Annual administration and progress report of the Indian Medical Department, Bombay
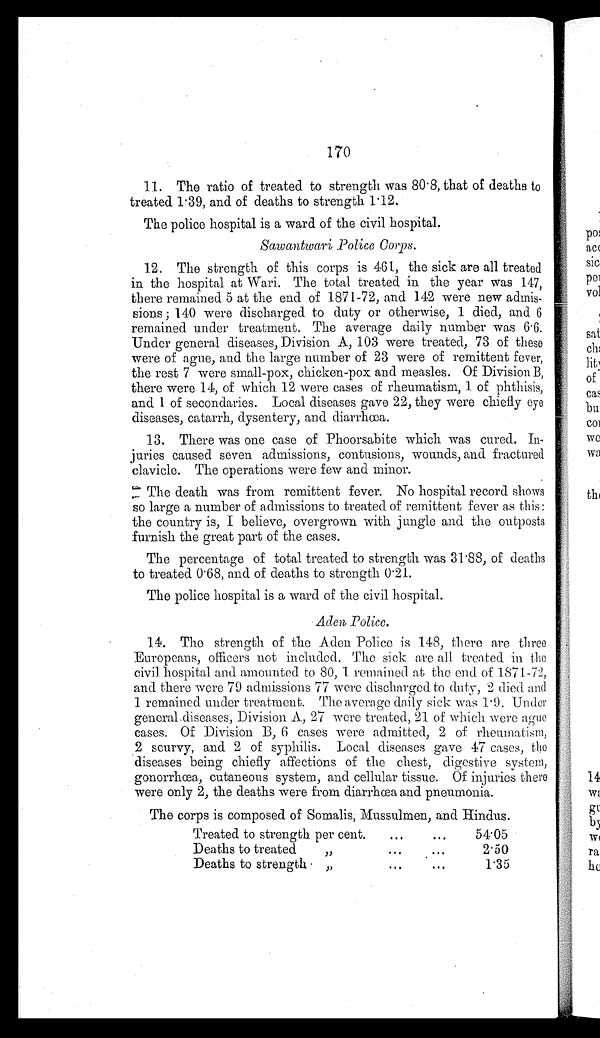
170
11. The ratio of treated to strength was 80.8, that of deaths to
treated 1.39, and of deaths to strength 1.12.
The police hospital is a ward of the civil hospital.
Sawantwari Police Corps.
12. The strength of this corps is 461, the sick are all treated
in the hospital at Wari. The total treated in the year was 147,
there remained 5 at the end of 1871-72, and 142 were new admis--
sions ; 140 were discharged to duty or otherwise, 1 died, and 6
remained under treatment. The average daily number was 6.6.
Under general diseases, Division A, 103 were treated, 73 of these
were of ague, and the large number of 23 were of remittent fever,
the rest 7 were small-pox, chicken-pox and measles. Of Division B,
there were 14, of which 12 were cases of rheumatism, 1 of phthisis,
and 1 of secondaries. Local diseases gave 22, they were chiefly eye
diseases, catarrh, dysentery, and diarrhœa.
13. There was one case of Phoorsabite which was cured. In-
juries caused seven admissions, contusions, wounds, and fractured
clavicle. The operations were few and minor.
The death was from remittent fever. No hospital record shows
so large a number of admissions to treated of remittent fever as this:
the country is, I believe, overgrown with jungle and the outposts
furnish the great part of the cases.
The percentage of total treated to strength was 31.88, of deaths
to treated 0.68, and of deaths to strength 0.21.
The police hospital is a ward of the civil hospital.
Aden Police.
14. The strength of the Aden Police is 148, there are three
Europeans, officers not included. The sick are all treated in the
civil hospital and amounted to 80, 1 remained at the end of 1871-72,
and there were 79 admissions 77 were discharged to duty, 2 died and
1 remained under treatment. The average daily sick was 1.9. Under
general diseases, Division A, 27 were treated, 21 of which were ague
cases. Of Division B, 6 cases were admitted, 2 of rheumatism,
2 scurvy, and 2 of syphilis. Local diseases gave 47 cases, the
diseases being chiefly affections of the chest, digestive system,
gonorrhœa, cutaneous system, and cellular tissue. Of injuries there
were only 2, the deaths were from diarrhœa and pneumonia.
The corps is composed of Somalis, Mussulmen, and Hindus.
Treated to strength per cent. . . .
54.05
Deaths to treated " . . .
2.50
Deaths to strength " . . .
1.35